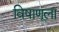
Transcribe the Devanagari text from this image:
विषाणूला